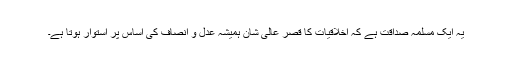
یہ ایک مسلمہ صداقت ہے کہ اخلاقیات کا قصر عالی شان ہمیشہ عدل و انصاف کی اساس پر استوار ہوتا ہے۔